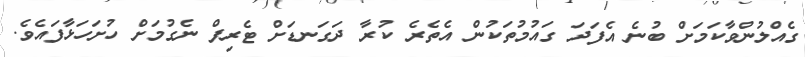
ގެއްލުންވާކަމަށް ބުނެ އެފަދަ ގައުމުތަކުން އެތެރެ ކުރާ ދަގަނޑަށް ޓެރިފް ނެގުމަށް ހުށަހަޅާފައެވެ.